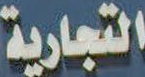
التجارية